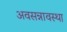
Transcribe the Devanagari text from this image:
अवसन्नावस्था